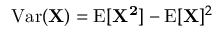
\operatorname { V a r } ( \mathbf { X } ) = \mathrm { E } [ \mathbf { X ^ { 2 } } ] - \mathrm { E } [ \mathbf { X } ] ^ { 2 }